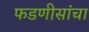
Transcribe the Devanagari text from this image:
फडणीसांचा